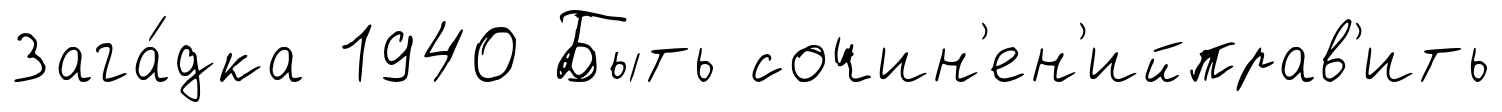
Зага́дка 1940 Быть сочин'ен'ийправ'ить